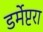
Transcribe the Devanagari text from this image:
डर्मेप्टरा